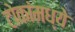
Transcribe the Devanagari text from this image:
टोकांमध्ये